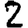
Digit: 2